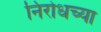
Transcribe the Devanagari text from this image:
निरोधच्या